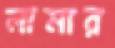
লামার